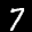
Label: 7